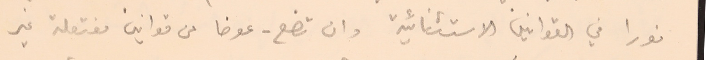
فورا في القوانين الاستثنائية وان تضع - عوضا عن قوانين مفتعلة غير